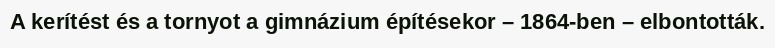
A kerítést és a tornyot a gimnázium építésekor – 1864-ben – elbontották.